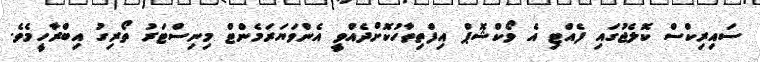
ސައިރިކްސް ކޮލެޖުގައި ފެއްޓި އެ ވޯކްޝޮޕް އިފްތިތާހުކޮށްދެއްވީ އެންވަޔަރަމެންޓް މިނިސްޓަރު ތޯރިގު އިބްރާހީމެވެ.